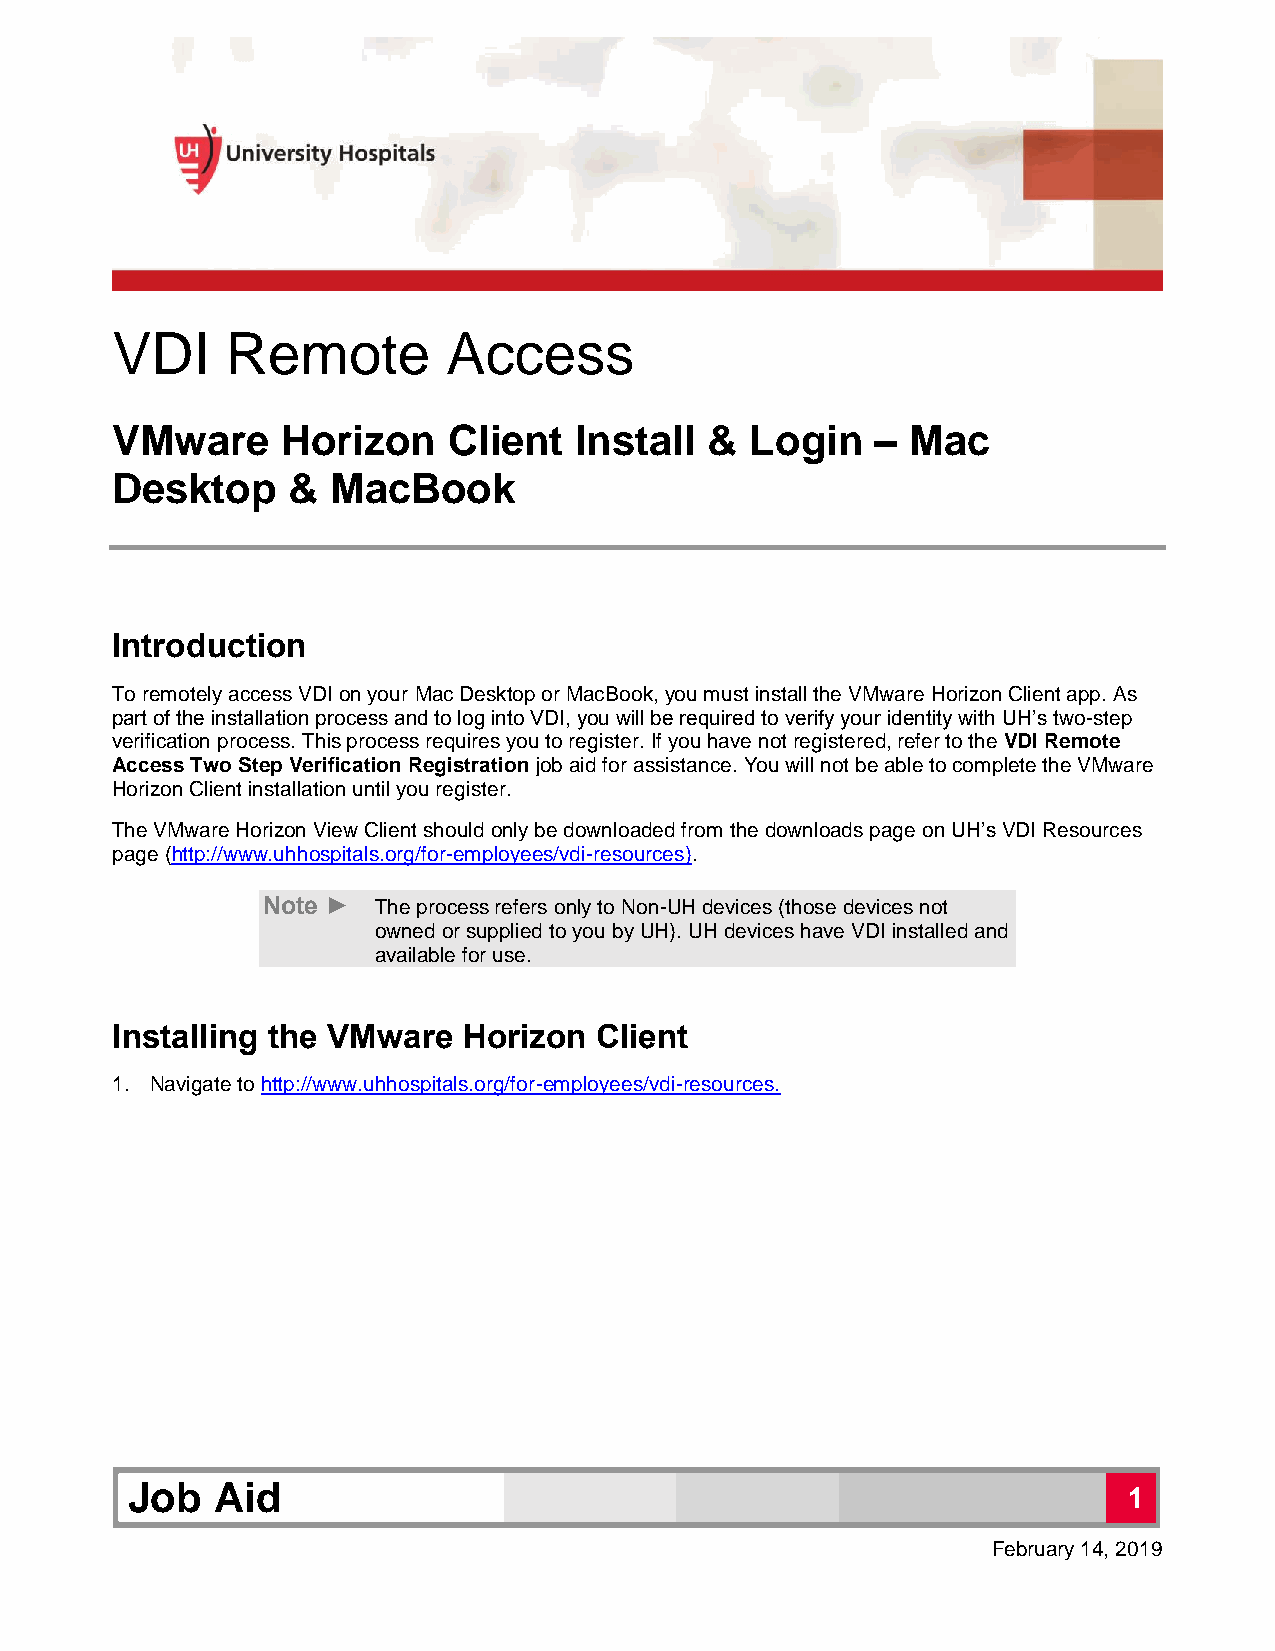
VDI     Remote         Access
 VMware      Horizon    Client  Install  &  Login   – Mac
 Desktop     &  MacBook
 Introduction
 To remotely access VDI on your Mac Desktop or MacBook, you must install the VMware Horizon Client app. As
 part of the installation process and to log into VDI, you will be required to verify your identity with UH’s two-step
 verification process. This process requires you to register. If you have not registered, refer to the VDI Remote
 Access Two Step Verification Registration job aid for assistance. You will not be able to complete the VMware
 Horizon Client installation until you register.
 The VMware Horizon View Client should only be downloaded from the downloads page on UH’s VDI Resources
 page (http://www.uhhospitals.org/for-employees/vdi-resources).
 Note ►  The process refers only to Non-UH devices (those devices not
 owned or supplied to you by UH). UH devices have VDI installed and
 available for use.
 Installing the VMware   Horizon Client
 1. Navigate to http://www.uhhospitals.org/for-employees/vdi-resources.
 Job   Aid                                                          1
 February 14, 2019